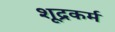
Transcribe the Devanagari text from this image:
शूद्रकर्म